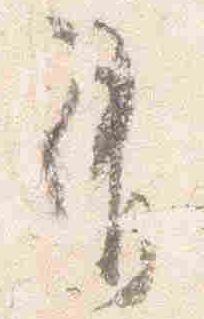
有